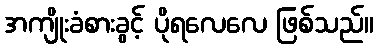
အကျိုးခံစားခွင့် ပိုရလေလေ ဖြစ်သည်။